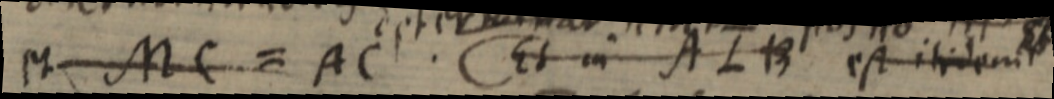
et MC = AC. Et in ALB est iisdem